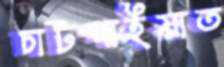
চাটগাইয়াত